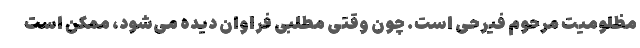
مظلومیت مرحوم فیرحی است. چون وقتی مطلبی فراوان دیده می‌شود، ممکن است